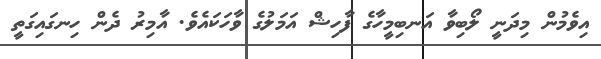
އިވެމުން މިދަނީ ލޯބިވާ އަނބިމީހާގެ ފާހިޝް އަމަލުގެ ވާހަކައެވެ. އާމިރު ދެން ހިނގައިގަތީ